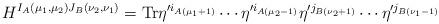
LaTeX: \begin{align*}H^{I_A (\mu_1, \mu_2) J_B (\nu_2, \nu_1)} = {\rm Tr} \eta'^{i_{A(\mu_1 + 1)}} \cdots \eta'^{i_{A(\mu_2 - 1)}} \eta'^{j_{B(\nu_2 + 1)}} \cdots \eta'^{j_{B(\nu_1 - 1)}}\end{align*}